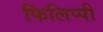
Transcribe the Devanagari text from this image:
फिलिप्पी